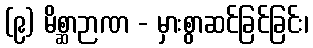
(၉) မိစ္ဆာဉာဏ - မှားစွာဆင်ခြင်ခြင်း၊